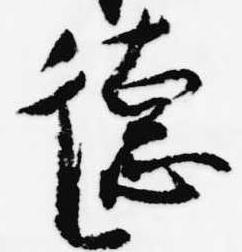
徳